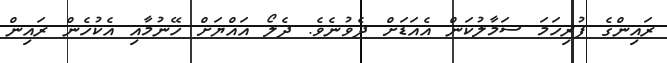
ރައިންގެ ފުރިހަމަ ސަމާލުކަން އެއަޑަށް ދެވުނެވެ. ދެލޯ އައްޔަށް ހޭނުމާއި އެކުހެން ރައިން